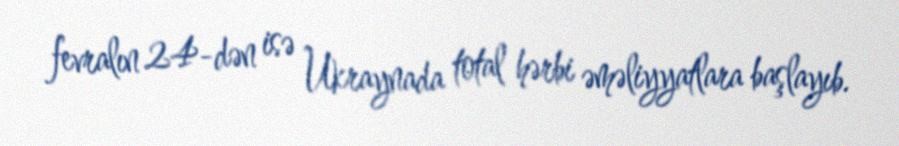
fevralın 24-dən isə Ukraynada total hərbi əməliyyatlara başlayıb.